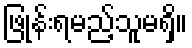
ဖြုန်းရမည့်သူမရှိ။